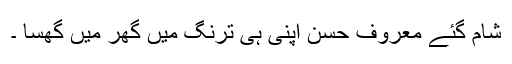
شام گئے معروف حسن اپنی ہی ترنگ میں گھر میں گھسا ۔